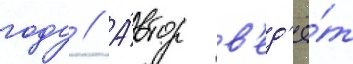
году // А́втор в'ед'ё́т